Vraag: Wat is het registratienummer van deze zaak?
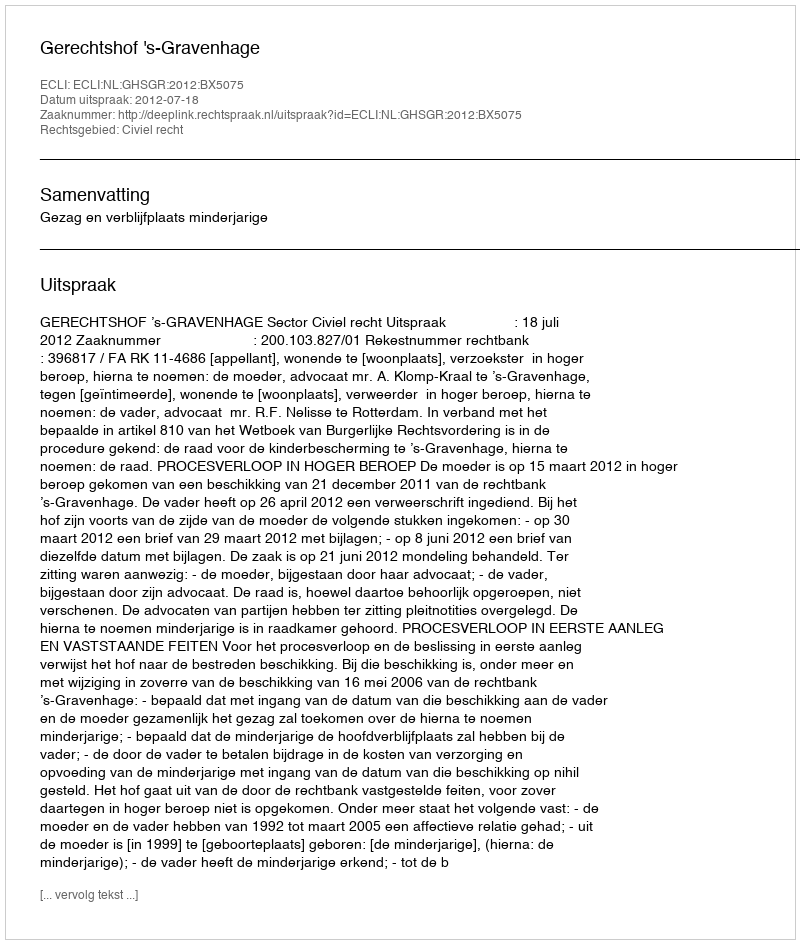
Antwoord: http://deeplink.rechtspraak.nl/uitspraak?id=ECLI:NL:GHSGR:2012:BX5075